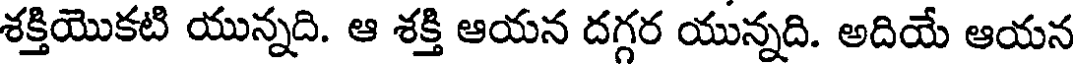
శక్తియొకటి యున్నది. ఆ శక్తి ఆయన దగ్గర యున్నది. అదియే ఆయన